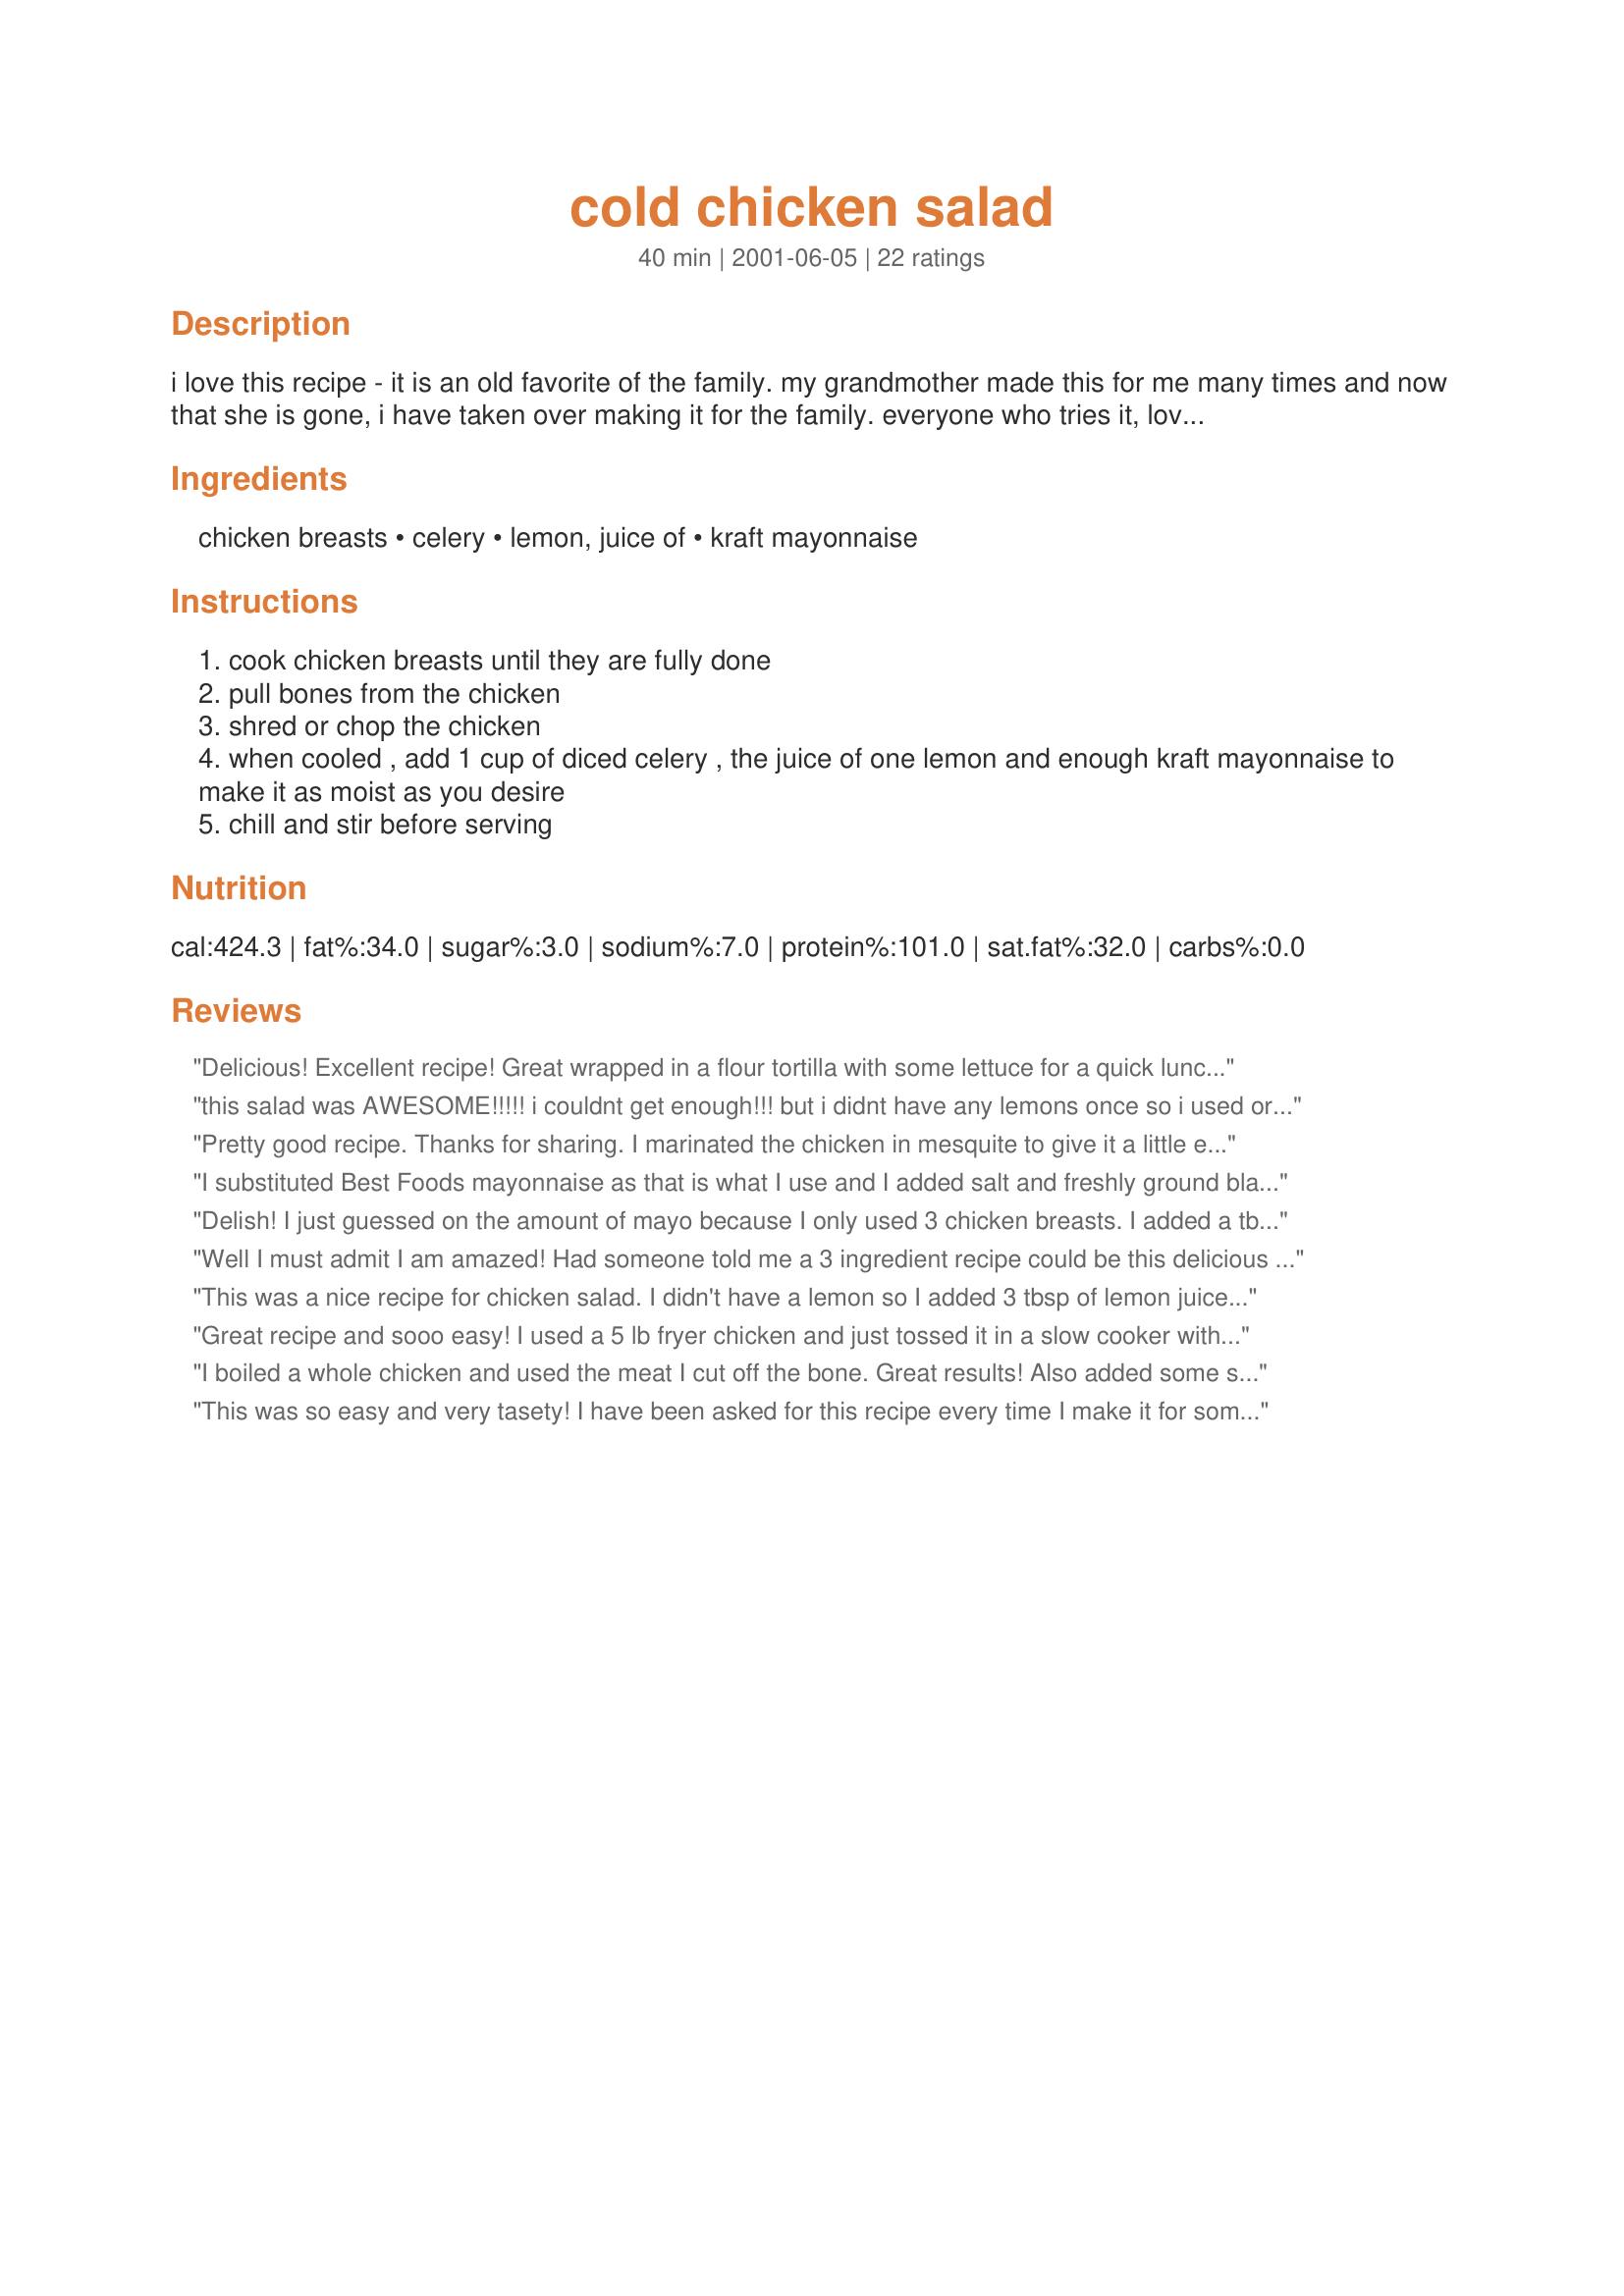
cold chicken salad
Preparation time: 40 minutes

i love this recipe - it is an old favorite of the family. my grandmother made this for me many times and now that she is gone, i have taken over making it for the family. everyone who tries it, loves it and wants it over and over. i get many requests to make it.

Ingredients:
chicken breasts, celery, lemon, juice of, kraft mayonnaise

Steps:
cook chicken breasts until they are fully done
pull bones from the chicken
shred or chop the chicken
when cooled , add 1 cup of diced celery , the juice of one lemon and enough kraft mayonnaise to make it as moist as you desire
chill and stir before serving

Reviews:
Delicious! Excellent recipe! Great wrapped in a flour tortilla with some lettuce for a quick lunch. I also added minced onions to it for flavor. Thanks for the recipe!
this salad was AWESOME!!!!! i couldnt get enough!!! but i didnt have any lemons once so i used oranges, yum-o!!! keep on rockin that gril!!
Pretty good recipe. Thanks for sharing. I marinated the chicken in mesquite to give it a little extra zest.
I substituted Best Foods mayonnaise as that is what I use and I added salt and freshly ground black pepper to taste. Very good! Easy and tasty.
Delish! I just guessed on the amount of mayo because I only used 3 chicken breasts. I added a tbsp of pickle relish and 2 boiled eggs. Thanks for sharing.
Well I must admit I am amazed! Had someone told me a 3 ingredient recipe could be this delicious I would have been skeptical, but after reading all the rave reviews I had to try it. Well, I swan! I have never ever tasted a chicken salad as good! Not even half as good. And simplicity itself. I did not add one thing, but I did commit one heresy. I had no Kraft mayo so I DID substitute a non-fat mayo which I use because I like it a lot. And truly, if this salad were any better it would be against the law! Thanks a million!
This was a nice recipe for chicken salad. I didn't have a lemon so I added 3 tbsp of lemon juice ~~ probably a bit much so next time I might just try 2 tbsp if I don't have a lemon.

I also added chopped walnuts, salt and pepper. Will probably make again.
Great recipe and sooo easy! I used a 5 lb fryer chicken and just tossed it in a slow cooker with 1/3 cup of water for 8 hours rather than more expensive chicken breasts. The chicken fell off the bone after that and was the perfect amount for the recipe. I increased the diced celery to 1 1/2 cups just out of personal preference, and I probably used about two cups of mayo (by accident, I'll probably not use as much the next time I make it). All I had to add was a little more pepper and wow. Such an easy recipe and so versatile - I think next time I'll add chopped walnuts too! Def going in my "keeper" folder. Thanks for sharing!
I boiled a whole chicken and used the meat I cut off the bone. Great results! Also added some salt and other spices for more flavor. Thanks so much for posting!
This was so easy and very tasety! I have been asked for this recipe every time I make it for someone new. I have also added red grapes to this.
This is my favorite chicken salad! I have always made it this way, but without the lemon juice. I am so glad I saw this because the lemon juice adds the perfect zip, just the one tiny thing that had been missing. I also salt & pepper to taste. I made a huge batch of this for Mothers' Day (23 breasts!) and people asked to take home every bit that wasn't eaten. No leftovers for me (bummer), but I would rather know they enjoyed their meal. :)
I "mostly" followed the recipe. I didn't have any celery, so I put in Onion flakes instead. I also put in a little Mrs. Dash seasoning. The lemon juice really gave it a zing. 

Also, intead of regular chicken breast, I used left overs from a rotisserie chicken. That was delicious!! Thanks for the recipe!
I was looking for a simple yet tasty receipe and this is it! I never tried the lemon juice before and it does add zing. I also added cayenne pepper for more zing and it did the trick! Great post! Thanks!
Oh gosh, great chicken salad! I couldnt stop tasting while I was mixing! Used the celery leaves too when chopping and didnt have a lemon so used about 1/4 cup of bottled lemon juice. A fresh lovely flavored chicken salad that I will make again. Thank you so much for posting this recipe Lynne Breedlove!
This was very good, however, I do not like celery so I substituted scallions and it was great. The lemon juice added just the right touch, which is something I never would have thought of adding to chicken salad. Good job, Lynne.
This was yummy!
I added spiral spinich noodles to mine just alitte so not to take away from the chicken
I've been looking for a basic chicken salad recipe and this one was perfect. Very easy to prepare and I like the simplicity of ingredients. It's the perfect blend - I wouldn't add a thing. The crunch of the celery is satisfying and I think the lemon must be the "secret" ingredient that pulls it all together.
We loved this. Like others said, the lemon juice makes it! I also added a a bit of celery seed, celery salt and onion powder to kick it up a little. Fabulous!
Outstanding recipe. I served this on the small King's buttery rolls as mini sliders and they were a huge hit. I seasoned the chicken well with salt, pepper, onion powder and a tiny bit of paprika and browned then in a skillet and then cooled and diced. This is a keeper, awesome in it's simiplicity.
Very good!!! I added slivered almonds to this and it was fantastic!
I made exactly as directed, except I made a triple batch for a baby shower. My husband was skeptical because there were so few ingredients, but after he had some he was amazed at how good it was! I agree--it is wonderful. Thanks!
Very easy to make and it is absoulutely lovely I have been looking for a good cold chicken salad for ages and now I've found it, I definately will be making it again
